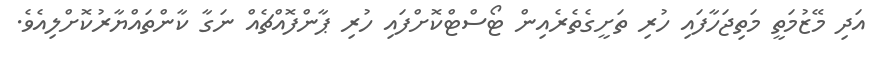
އަދި މޭޒުމަތީ މަތިޖަހާފައި ހުރި ތަށީގެތެރެއިން ޓޯސްޓްކޮށްފައި ހުރި ޕާންފޮއްޗެއް ނަގާ ކާންތައްޔާރުކޮށްލިއެވެ.